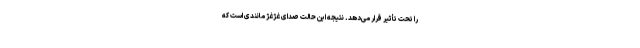
را تحت تأثیر قرار می‌دهد. نتیجه این حالت صدای غژغژ مانندی است که